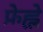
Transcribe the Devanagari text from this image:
फ्रेह्ले